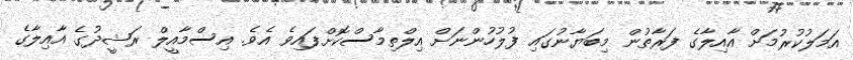
އަމަލުކުރުމަށް އާއިލާގެ ފަރާތުން މިބަޔާނުގައި ފުލުހުންނަށް އިލްތިމާސްކޮށްފައިވެ އެވެ. އިސްމާއީލް ރަޝީދުގެ އާއިލާގެ